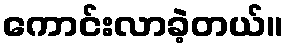
ကောင်းလာခဲ့တယ်။